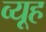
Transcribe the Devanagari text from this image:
व्‍यूह